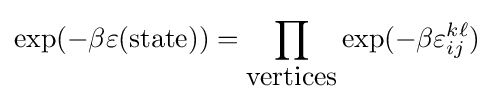
\exp(-\beta \varepsilon ({\mbox{state}}))=\prod _{\mbox{vertices}}\exp(-\beta \varepsilon _{ij}^{k\ell })